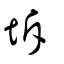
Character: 坼